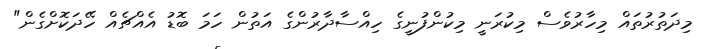
މިދަތުރުތައް މިހާރުވެސް މިކުރަނީ މިކުންފުނީގެ ހިއްސާދާރުންގެ އަތުން ހަމަ ބޮޑު އެއްޗެއް ހޭދަކޮށްގެން"